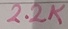
Text: 2.2K